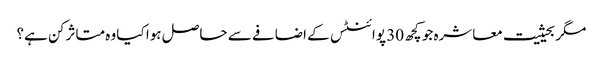
مگر بحیثیت معاشرہ جو کچھ 30 پوائنٹس کے اضافے سے حاصل ہوا کیا وہ متاثر کن ہے؟